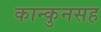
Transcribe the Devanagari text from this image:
कान्कुनसह